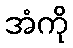
အံကို